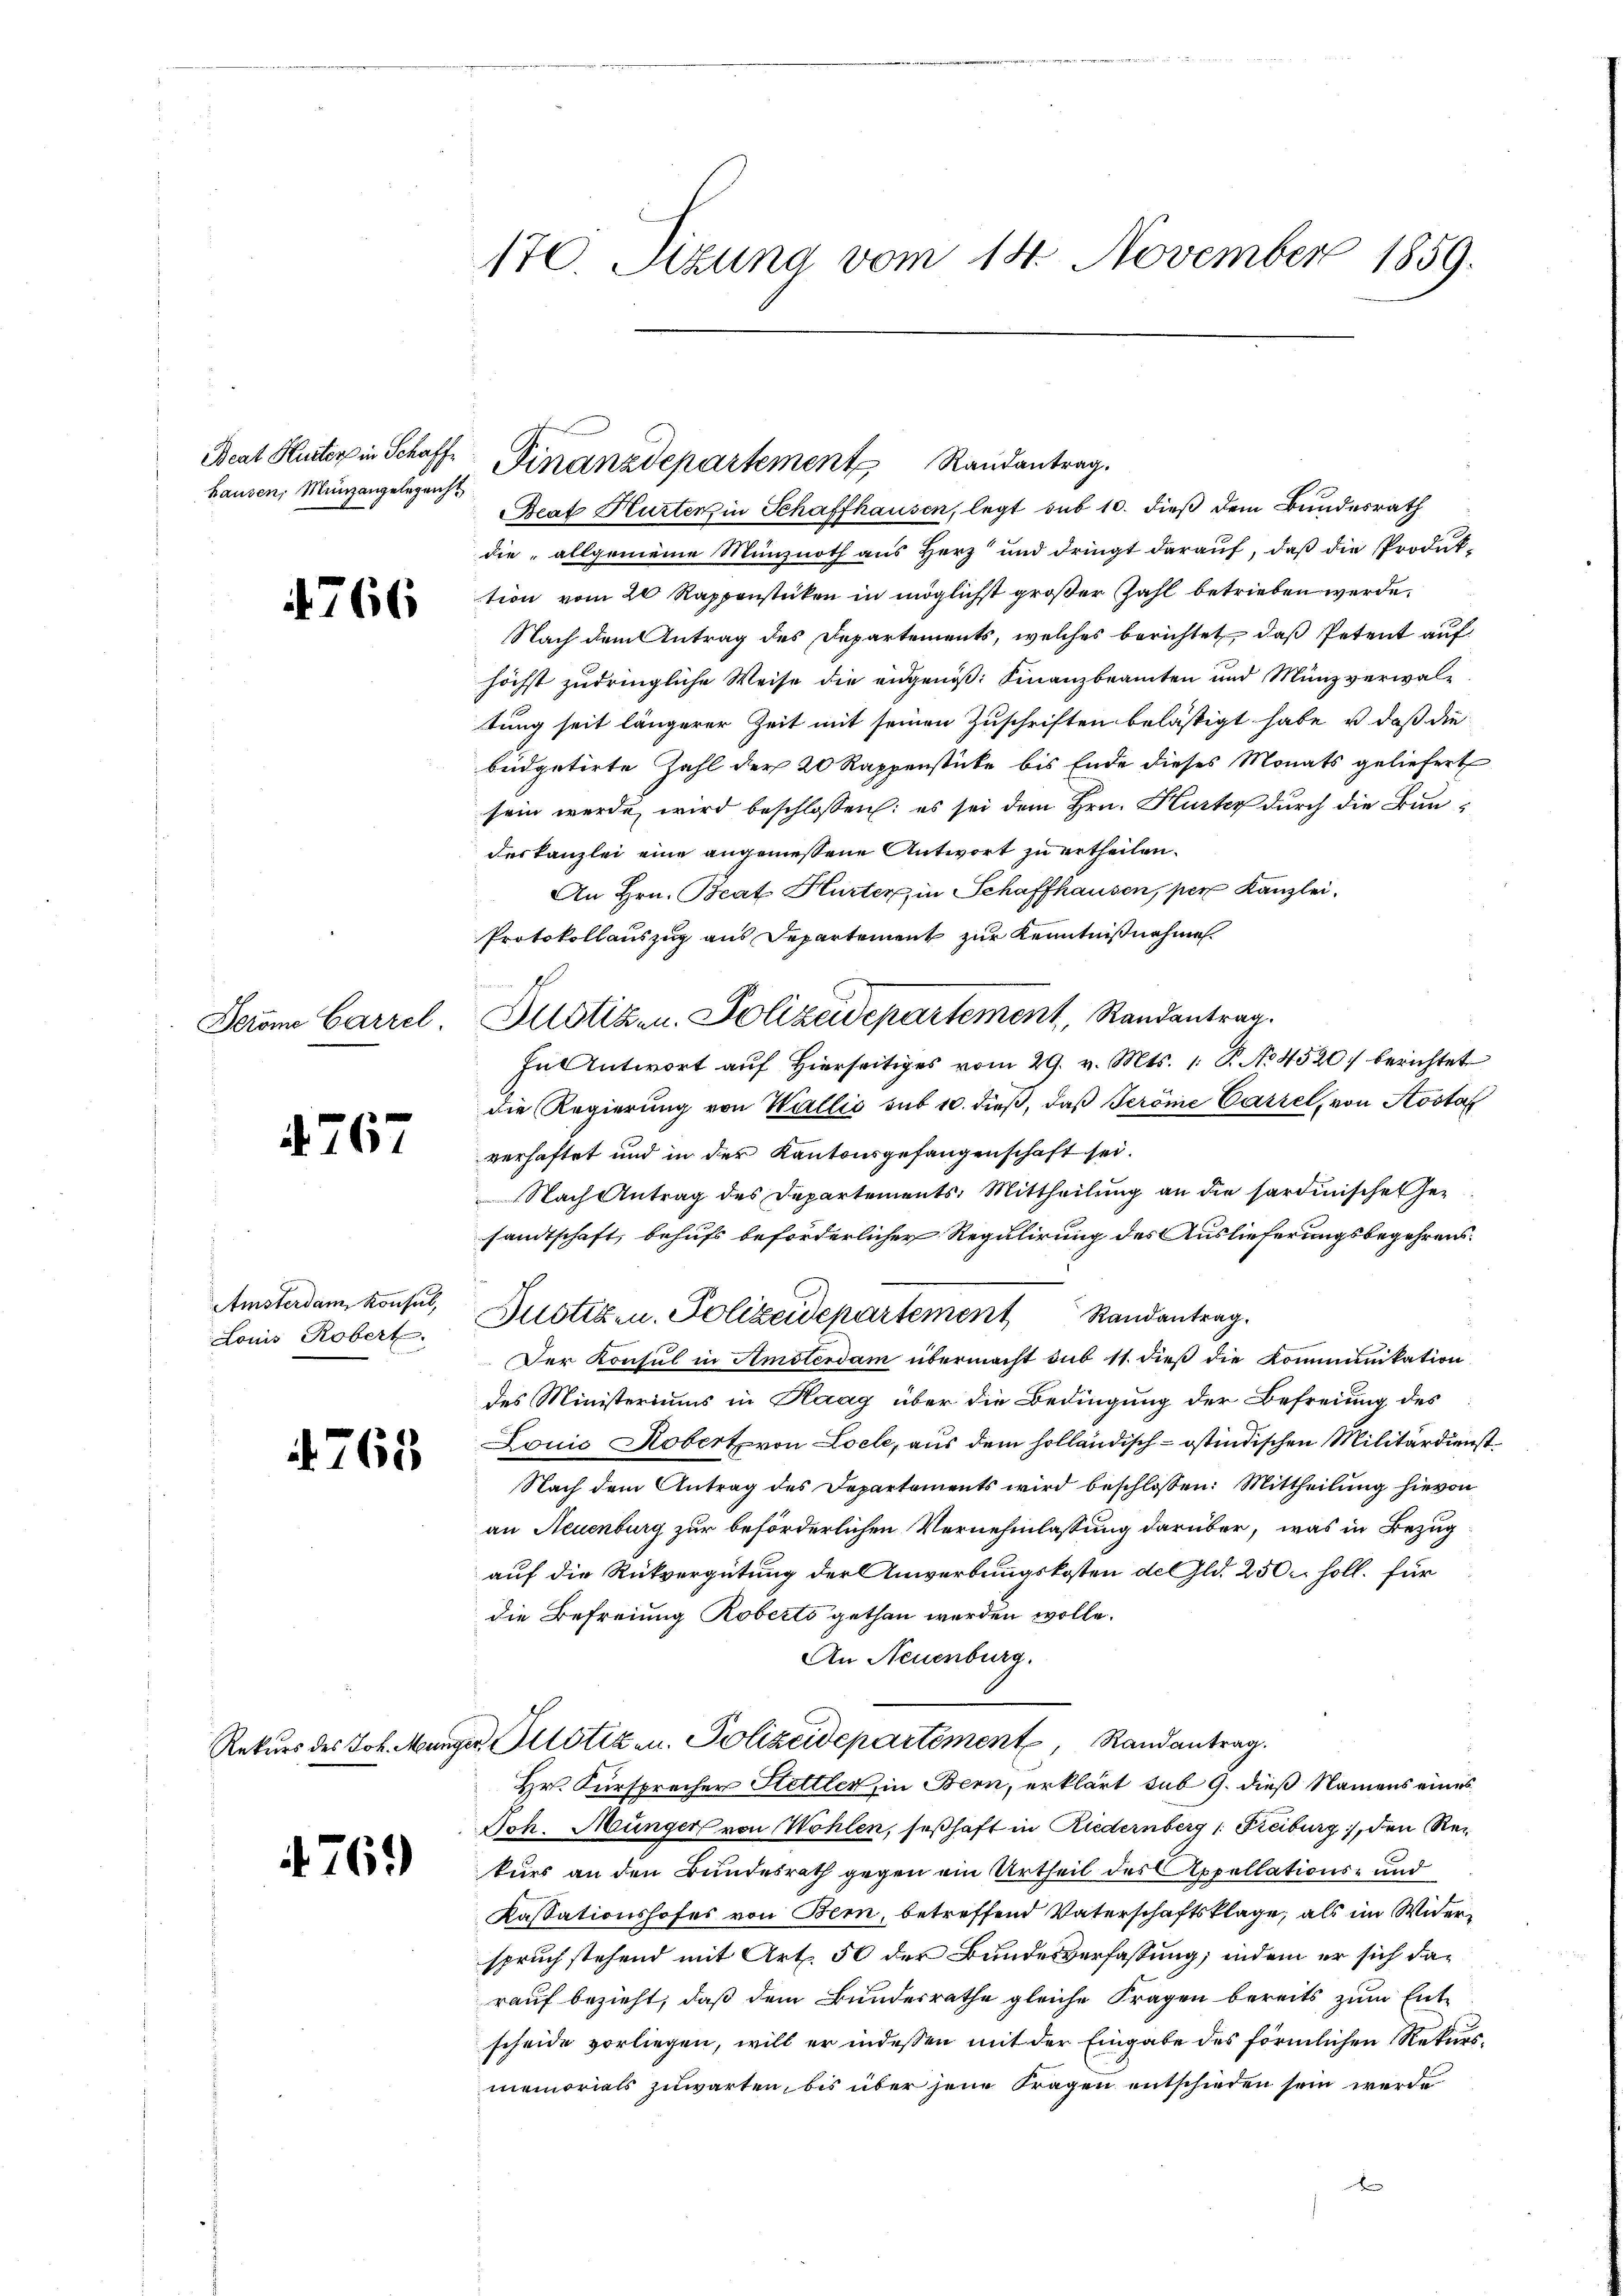
hausen, Münzangelegenh

4766

Feröme Carzel.

4767

Amsterdam Konsul,
Louis Robert.

765.

4761)

170. Setzung vom 14. November 1859.

Beat Hurtenz in Schaffhausen, legt sub 10. dieß dem Bundesrath
die allgemeine Münznoth aus Herz und dringt darauf, daß die Produk-
tion vom 20 Rappenstücken in möglichst großer Zahl betrieben werde.
Nach dem Antrag des Departements, welches berichtet, daß Petent auf
höchst zudringliche Weise die eidgenöß: Finanzbeamten und Münzverwal-
tung seit längerer Zeit mit seinen Zuschriften belästigt habe, u. daß die
beidgetirte Zahl der 20 Rappenstücke bis Ende dieses Monats geliefert
sein werde wird beschlossen: es sei dem Hrn. Hurter durch die Baudeskanzlei eine angemessene Antwort zu ertheilen.
An Hrn. Brat Hurter in Schaffhausen, per Kanzlei.
Protokollauszug aus Departement zur Kenntnisnehme
hnAntwort auf hierseitiges vom 29. v. Mts. 1. P. No 4520 berichtet
die Regierŭng von Wallis sub 10. dieβ, daβ Peröme Cassel, von Aostaf
verhaftet und in der Kantonsgefangenschaft sei.
Nach Antrag des Departements, Mittheilung an die sardinischen Gesandtschaft, behufs beförderlicher Regulirung des Auslieferungsbegehrens¬
Justizen. Polizeidepartement Randantrag.
Der Konsul in Amsterdam übermacht sub 11. dieß die Kommunikation
des Ministeriums in Haag über die Bedingung der Befreiung des
Lonis Kobert von Loele, aus dem holländisch-östindischen Militärdienst¬
Nach dem Antrag des Departements wird beschlossen: Mittheilung hievon
an Neuenburg zur beförderlichen Vernehmlassung darüber, was in Bezug
auf die Rückvergütung der Anwerbungskosten del Gld. 250. soll. für
die Befreiung Roberts gethan werden wolle.
An Neuenburg.
Rekurs des Joh. Münger, Pilotizen. Polizeidepartement, Randantrag.
Hr. Fürsprecher Stettler, in Bern, erklärt sub 9. dieß Namens eines
Joh. Münger von Wohlen, seßhaft in Riedernberg 1. Freiburg, den Rekurs an den Bundesrath gegen ein Urtheil des Appellations- und
Kassationshofes von Bern, betreffend Vaterschaftsklage, als im Widerspruch stehend mit Art. 50 der Bundesverfassung, indem er sich darauf bezieht, daß dem Bundesrathe gleiche Fragen bereits zum Entscheide vorliegen, will er indessen mit der Eingabe des förmlichen Rekursmemorials zuwarten, bis über jene Fragen entschieden sein werde

Beat Hutter in Schaft Finanzdepartement Randantrag.

Justiz- u. Polizeidepartement, Randantrag.